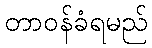
တာဝန်ခံရမည်